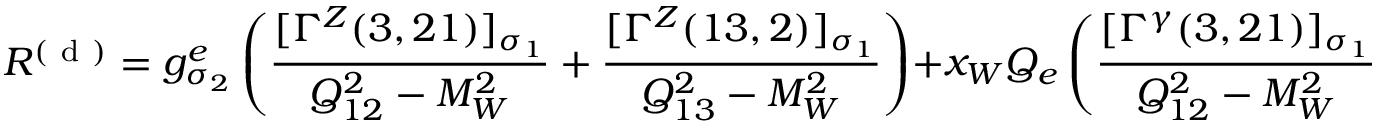
{ \cal R } ^ { ( \mathrm { ~ d ~ } ) } = g _ { \sigma _ { 2 } } ^ { e } \left( \frac { [ \Gamma ^ { Z } ( 3 , 2 1 ) ] _ { \sigma _ { 1 } } } { Q _ { 1 2 } ^ { 2 } - M _ { W } ^ { 2 } } + \frac { [ \Gamma ^ { Z } ( 1 3 , 2 ) ] _ { \sigma _ { 1 } } } { Q _ { 1 3 } ^ { 2 } - M _ { W } ^ { 2 } } \right) + x _ { W } Q _ { e } \left( \frac { [ \Gamma ^ { \gamma } ( 3 , 2 1 ) ] _ { \sigma _ { 1 } } } { Q _ { 1 2 } ^ { 2 } - M _ { W } ^ { 2 } } + \frac { [ \Gamma ^ { \gamma } ( 1 3 , 2 ) ] _ { \sigma _ { 1 } } } { Q _ { 1 3 } ^ { 2 } - M _ { W } ^ { 2 } } \right) \; .